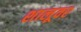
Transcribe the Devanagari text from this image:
शालूवर